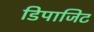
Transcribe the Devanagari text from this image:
डिपाजिट